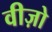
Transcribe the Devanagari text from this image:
वीज़ो